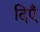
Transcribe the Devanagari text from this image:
दिएँ